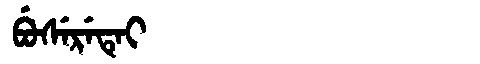
Manchu: ᠪᡠᠰᡝᡵᡝᡨᡝᡳ
Romanization: BUSERETEI